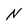
Character: N